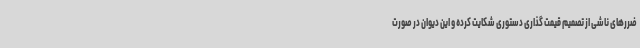
ضررهای ناشی از تصمیم قیمت گذاری دستوری شکایت کرده و این دیوان در صورت